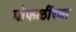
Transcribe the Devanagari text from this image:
पोफळींच्या